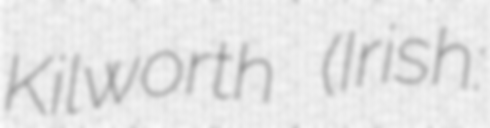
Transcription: Kilworth (Irish: